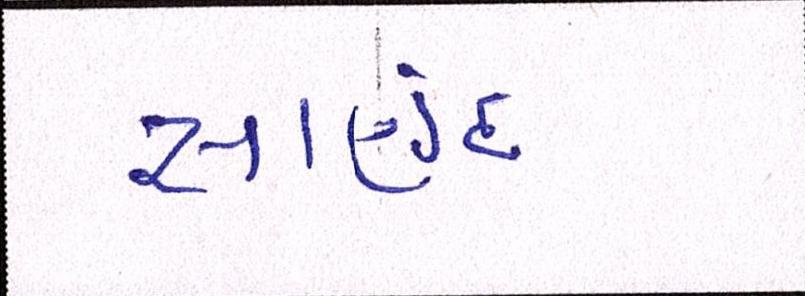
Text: સાણંદ